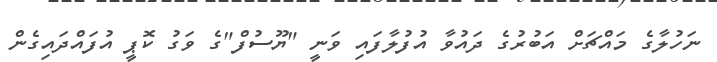
ނަހުލާގެ މައްޗަށް އަބުރުގެ ދައުވާ އުފުލާފައި ވަނީ "ޔޫސުފް"ގެ ވަގު ކޮޕީ އުފައްދައިގެން